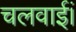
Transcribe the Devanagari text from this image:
चलवाईं।